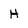
Character: H